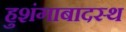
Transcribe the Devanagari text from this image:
हुशंगाबादस्थ